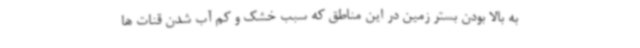
به بالا بودن بستر زمین در این مناطق که سبب خشک و کم آب شدن قنات ها